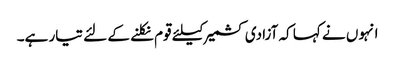
انہوں نے کہا کہ آزادی کشمیر کیلئے قوم نکلنے کے لئے تیار ہے۔